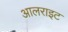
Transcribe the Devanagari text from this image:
आलराइट